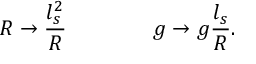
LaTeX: R \rightarrow { \frac { l _ { s } ^ { 2 } } { R } } \qquad \qquad g \rightarrow g { \frac { l _ { s } } { R } } .